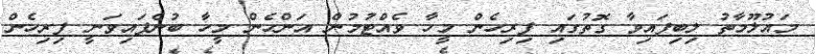
މައުލޫމާތު ލިބިފައިވާ ގޮތުގައި ފިރިހެން މީހާ ވެއްޓުމުން އަންހެން މީހާ ބުނެފައިވަނީ ފިރިހެން